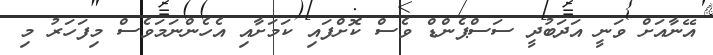
އޭނާއަށް ވަނީ އަދަބުދީ ސަސްޕެންޑް ވެސް ކޮށްފައި ކަމަށާއި އެހެންނަމަވެސް މިފަހަރު މި